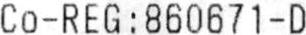
CO-REG : 860671-D